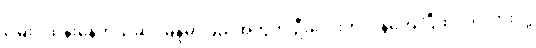
မြေးပဲထိန်းနေတယ်ဆို၊ မြန်မာပြည်အတွက် ဦးလေးတာဝန်ကျေပြီထင်သလားလို့